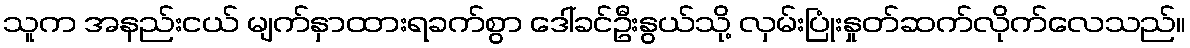
သူက အနည်းငယ် မျက်နှာထားရခက်စွာ ဒေါ်ခင်ဦးနွယ်သို့ လှမ်းပြုံးနှုတ်ဆက်လိုက်လေသည်။